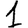
Digit: 1